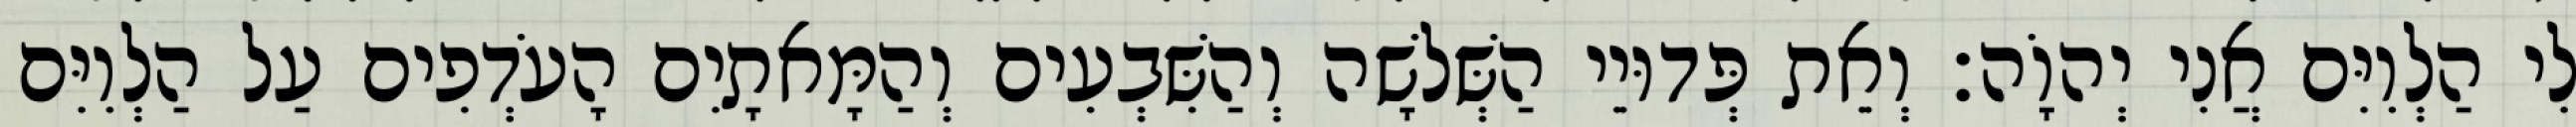
לִי הַלְוִיִּם אֲנִי יְהוָֹה׃ וְאֵת פְּדוּיֵי הַשְּׁלשָׁה וְהַשִּׁבְעִים וְהַמָּאתָיִם הָעֹדְפִים עַל הַלְוִיִּם